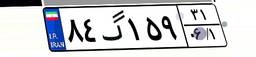
۸۹گ۸۲۹۷۴